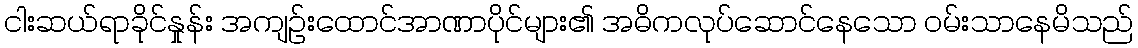
ငါးဆယ်ရာခိုင်နှုန်း အကျဉ်းထောင်အာဏာပိုင်များ၏ အဓိကလုပ်ဆောင်နေသော ဝမ်းသာနေမိသည်